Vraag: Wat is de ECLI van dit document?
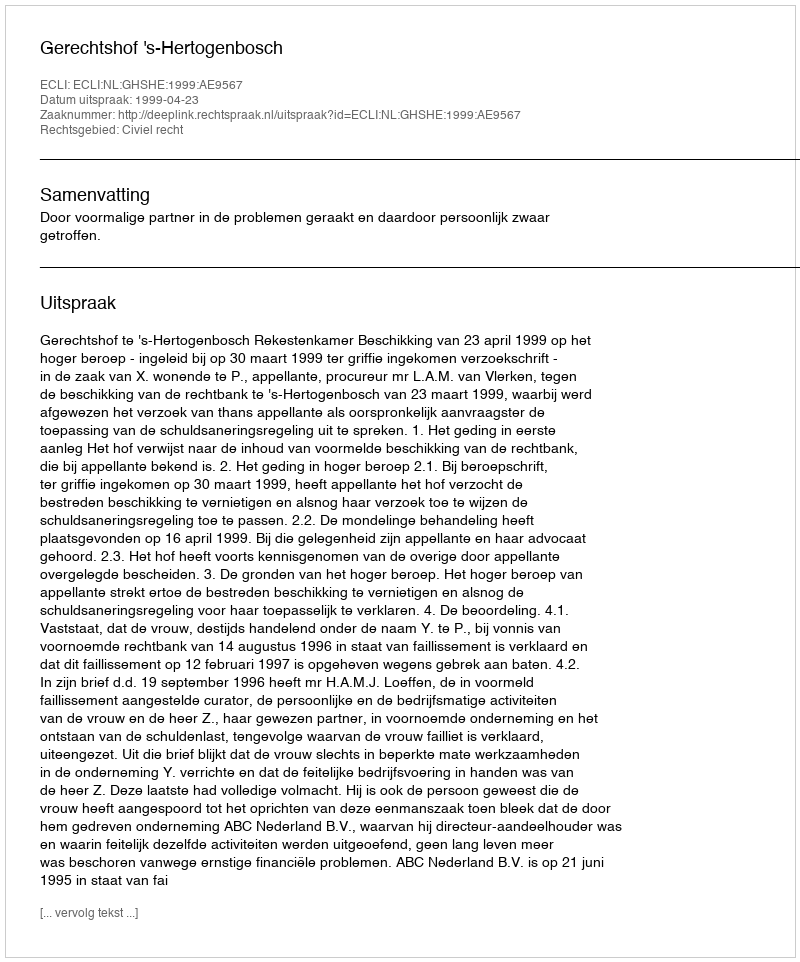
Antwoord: ECLI:NL:GHSHE:1999:AE9567